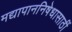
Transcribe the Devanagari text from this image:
मद्यापाननिषेधासाठीं